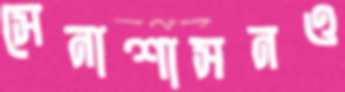
সেনাশাসনও